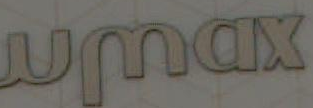
XDWm